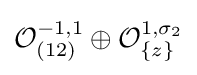
{\mathcal {O}}_{(12)}^{-1,1}\oplus {\mathcal {O}}_{\{z\}}^{1,\sigma _{2}}